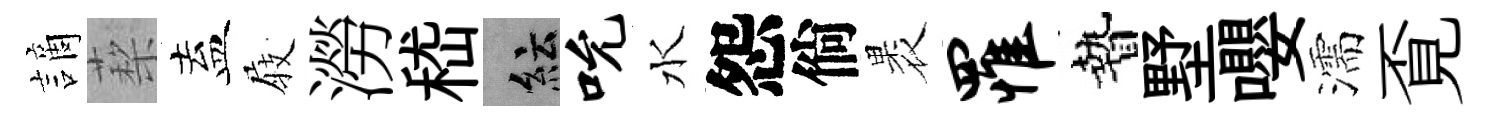
謫蔾盍𡲆澇嵇紜吮水怨倘褁罹贄墅嚶濡覔